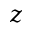
z